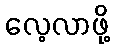
လေ့လာဖို့